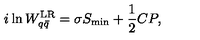
i \ln W _ { q \bar { q } } ^ { \mathrm { L R } } = \sigma S _ { \mathrm { m i n } } + { \frac { 1 } { 2 } } C P ,